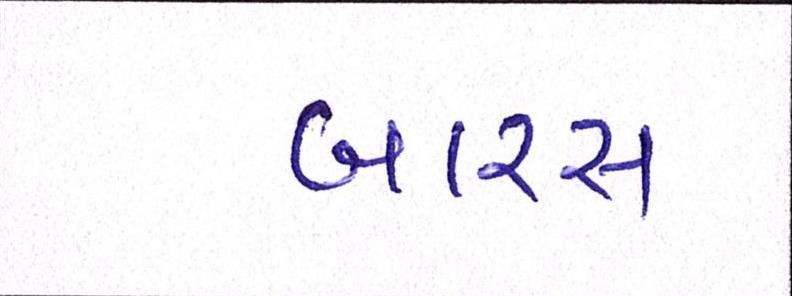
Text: બારસ